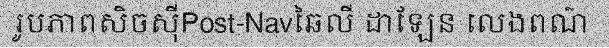
រូបភាពសិចស៊ីPost-Navឆៃលី ដាឡែន លេងពណ៌